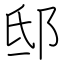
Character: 邸